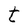
Character: t